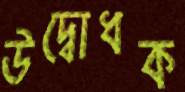
উদ্বোধক